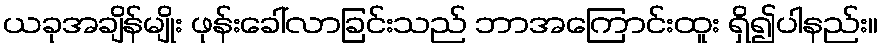
ယခုအချိန်မျိုး ဖုန်းခေါ်လာခြင်းသည် ဘာအကြောင်းထူး ရှိ၍ပါနည်း။